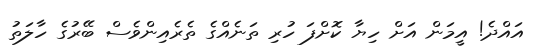
އައްދެ! އީމަން އަށް ހިޔާ ކޮށްފަ ހުރި ތަނެއްގެ ތެރެއިންވެސް ބޭރުގެ ހާލަތު